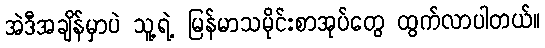
အဲဒီအချိန်မှာပဲ သူ့ရဲ့ မြန်မာသမိုင်းစာအုပ်တွေ ထွက်လာပါတယ်။